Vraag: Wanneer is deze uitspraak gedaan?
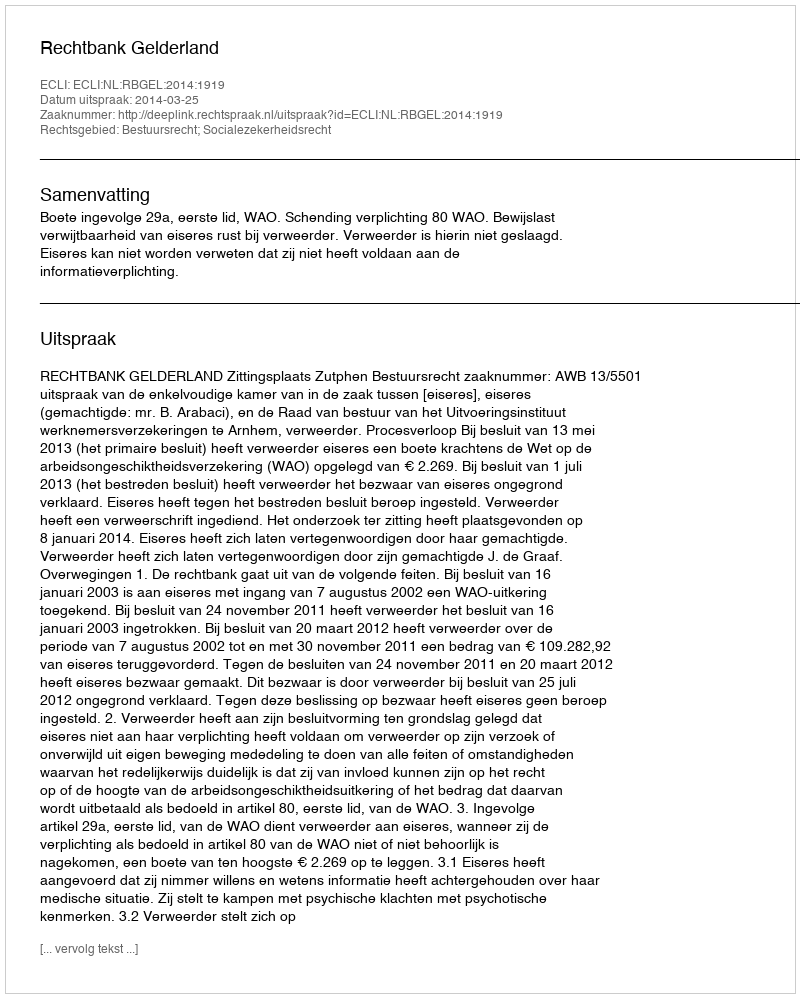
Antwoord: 2014-03-25